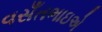
વસઁતભાઇએ